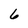
Character: 6